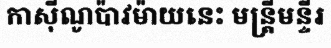
កាស៊ីណូប៉ាវម៉ាយនេះ មន្ត្រីមន្ទីរ